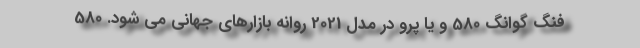
فنگ گوانگ 580 و یا پرو در مدل 2021 روانه بازارهای جهانی می شود. 580